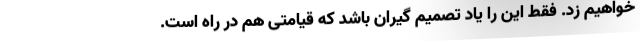
خواهیم زد. فقط این را یاد تصمیم گیران باشد که قیامتی هم در راه است.